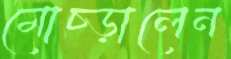
মোচ্‌ড়ালেন